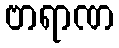
ဗာရာဏ